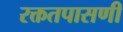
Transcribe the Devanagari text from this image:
रक्ततपासणी